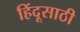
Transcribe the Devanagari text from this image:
हिंदूसाठी